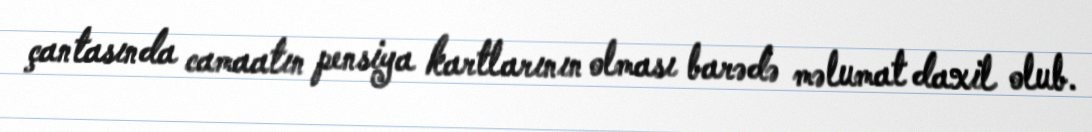
çantasında camaatın pensiya kartlarının olması barədə məlumat daxil olub.